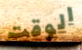
الوقت